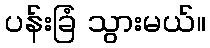
ပန်းခြံ သွားမယ်။